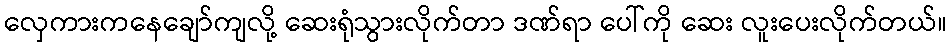
လှေကားကနေချော်ကျလို့ ဆေးရုံသွားလိုက်တာ ဒဏ်ရာ ပေါ်ကို ဆေး လူးပေးလိုက်တယ်။